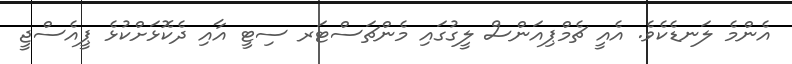
އެންމެ ލަނޑެކެވެ. އެއީ ޗެމްޕިއަންސް ލީގުގައި މެންޗަސްޓަރ ސިޓީ އާއި ދެކޮޅަށްކުޅެ ޕީއެސްޖީ